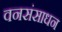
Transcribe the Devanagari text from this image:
वनसंसाधन